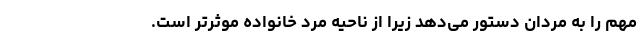
مهم را به مردان دستور می‌دهد زیرا از ناحیه مرد خانواده موثرتر است.